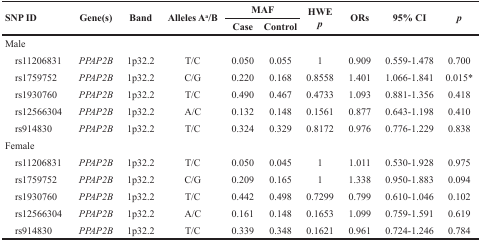
| <ROWSPAN=2> SNP ID | <ROWSPAN=2> Gene(s) | <ROWSPAN=2> Band | <ROWSPAN=2> Alleles Aa/B | <COLSPAN=2> MAF | <ROWSPAN=2> HWEp | <ROWSPAN=2> ORs | <ROWSPAN=2> 95% CI | <ROWSPAN=2> p |
 | Case | Control |
 | --- | --- | --- | --- | --- | --- | --- | --- | --- | --- |
 | Male |  |  |  |  |  |  |  |  |  |
 | rs11206831 | PPAP2B | 1p32.2 | T/C | 0.050 | 0.055 | 1 | 0.909 | 0.559-1.478 | 0.700 |
 | rs1759752 | PPAP2B | 1p32.2 | C/G | 0.220 | 0.168 | 0.8558 | 1.401 | 1.066-1.841 | 0.015* |
 | rs1930760 | PPAP2B | 1p32.2 | T/C | 0.490 | 0.467 | 0.4733 | 1.093 | 0.881-1.356 | 0.418 |
 | rs12566304 | PPAP2B | 1p32.2 | A/C | 0.132 | 0.148 | 0.1561 | 0.877 | 0.643-1.198 | 0.410 |
 | rs914830 | PPAP2B | 1p32.2 | T/C | 0.324 | 0.329 | 0.8172 | 0.976 | 0.776-1.229 | 0.838 |
 | Female |  |  |  |  |  |  |  |  |  |
 | rs11206831 | PPAP2B | 1p32.2 | T/C | 0.050 | 0.045 | 1 | 1.011 | 0.530-1.928 | 0.975 |
 | rs1759752 | PPAP2B | 1p32.2 | C/G | 0.209 | 0.165 | 1 | 1.338 | 0.950-1.883 | 0.094 |
 | rs1930760 | PPAP2B | 1p32.2 | T/C | 0.442 | 0.498 | 0.7299 | 0.799 | 0.610-1.046 | 0.102 |
 | rs12566304 | PPAP2B | 1p32.2 | A/C | 0.161 | 0.148 | 0.1653 | 1.099 | 0.759-1.591 | 0.619 |
 | rs914830 | PPAP2B | 1p32.2 | T/C | 0.339 | 0.348 | 0.1621 | 0.961 | 0.724-1.246 | 0.784 |